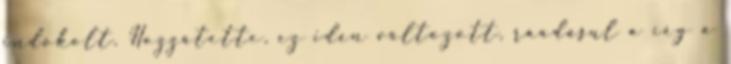
indokolt. Hozzátette, ez idén változott, ráadásul a cég a